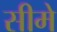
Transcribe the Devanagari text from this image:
सीमे